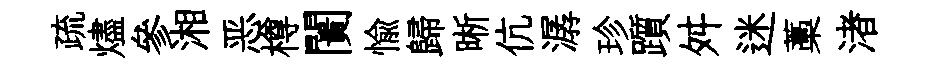
疏燼參湘恶樽闠愉歸晰伉潺珍躓舛迷藁渚